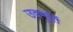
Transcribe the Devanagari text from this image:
उदमुर्ति